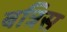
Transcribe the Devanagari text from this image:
बत्रिस